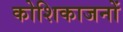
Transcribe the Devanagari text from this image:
कोशिकाजनों